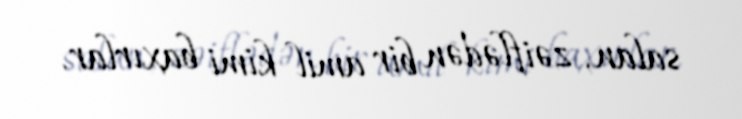
salan, zəiflədən bir amil kimi baxırlar.